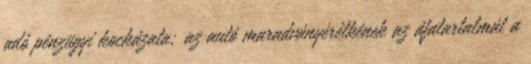
adó pénzügyi kockázata; az autó maradványérétkének az áfatartalmát a